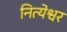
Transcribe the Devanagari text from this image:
नित्येश्वर